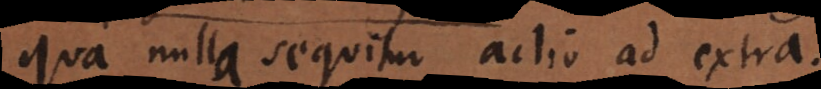
qua nulla sequitur actio ad extra.